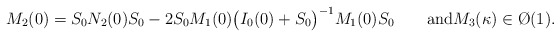
\begin{align*}M_2(0)=S_0N_2(0)S_0 -2 S_0M_1(0)\big(I_0(0)+S_0\big)^{-1}M_1(0)S_0\qquad\hbox{and}M_3(\kappa)\in\O(1).\end{align*}